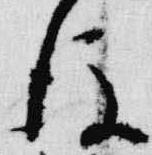
後